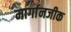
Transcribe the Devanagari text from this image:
मार्गानजीक